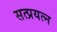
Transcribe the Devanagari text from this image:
सत्प्रयत्न